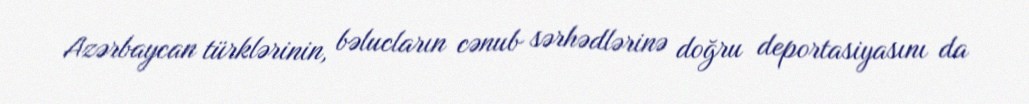
Azərbaycan türklərinin, bəlucların cənub sərhədlərinə doğru deportasiyasını da